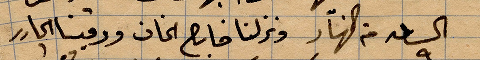
الساعة ٩ من النهار ونزلنا خارج الخان ورقينا ...